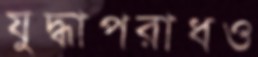
যুদ্ধাপরাধও